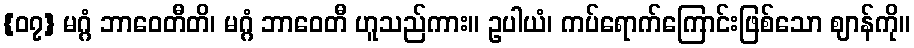
{၀၇} မဂ္ဂံ ဘာဝေတီတိ၊ မဂ္ဂံ ဘာဝေတီ ဟူသည်ကား။ ဥပါယံ၊ ကပ်ရောက်ကြောင်းဖြစ်သော ဈာန်ကို။